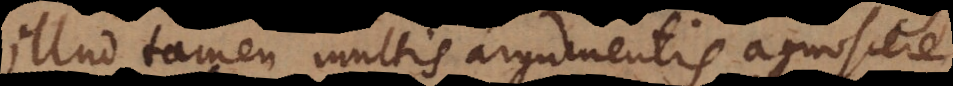
Illud tamen multis argumentis agnoscere